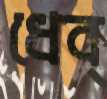
ধেব্